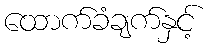
ထောက်ခံချက်နှင့်